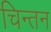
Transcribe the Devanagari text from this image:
चिन्‍तन